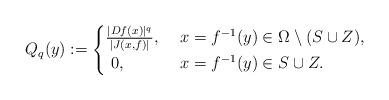
LaTeX: \begin{align*}Q_{q}(y):=\begin{cases}\frac{|Df(x)|^{q}}{|J(x,f)|},\,\, & x=f^{-1}(y)\in\Omega\setminus(S\cup Z),\\\,\,0,\,\, & x=f^{-1}(y)\in S\cup Z.\end{cases}\end{align*}